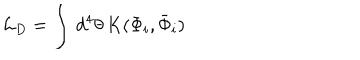
{ \cal L } _ { D } = \int \, d ^ { 4 } \theta \, K ( \Phi _ { i } , \bar { \Phi } _ { i } )